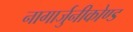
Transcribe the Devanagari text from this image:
नागार्जुनीकोण्ड